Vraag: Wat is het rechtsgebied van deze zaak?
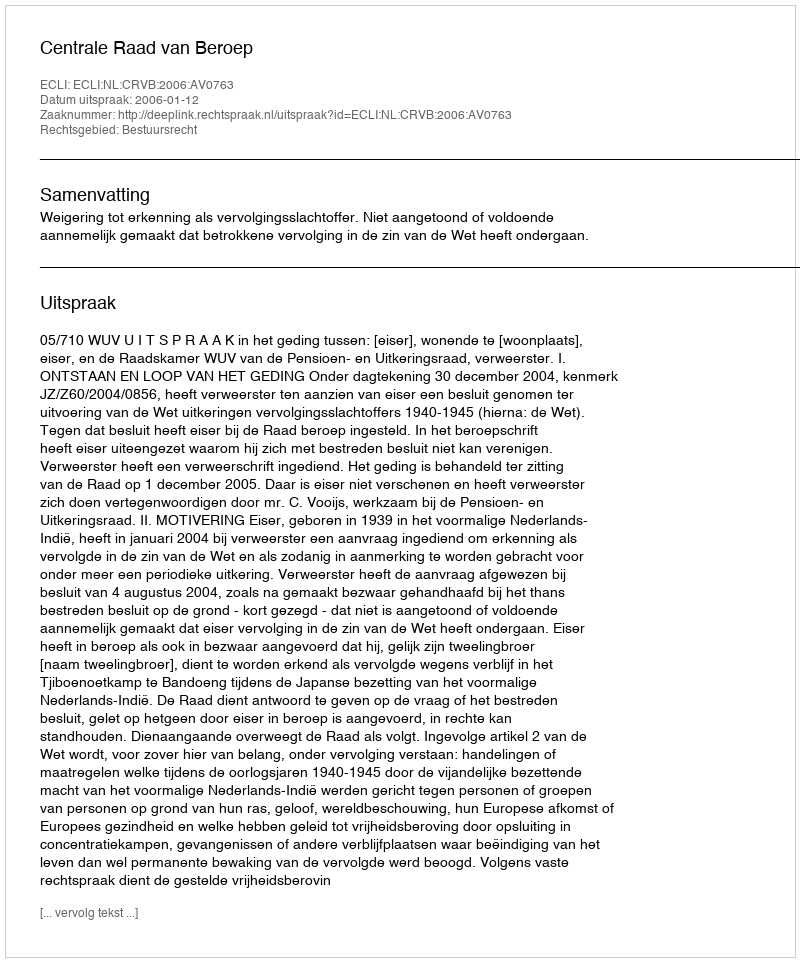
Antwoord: Bestuursrecht